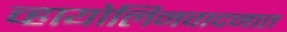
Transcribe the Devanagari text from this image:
व्हायोलिनवादनात